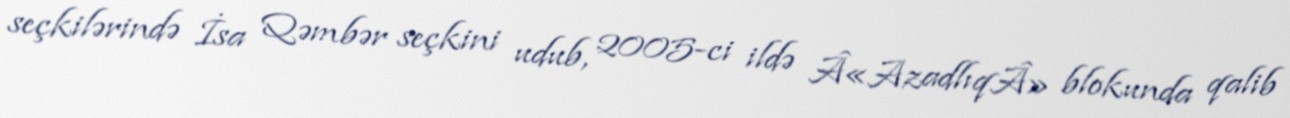
seçkilərində İsa Qəmbər seçkini udub, 2005-ci ildə Â«AzadlıqÂ» blokunda qalib